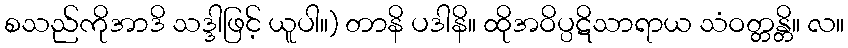
စသည်ကိုအာဒိ သဒ္ဒါဖြင့် ယူပါ။) တာနိ ပဒါနိ။ ထိုအဝိပ္ပဋိသာရာယ သံဝတ္တန္တိ။ လ။